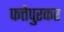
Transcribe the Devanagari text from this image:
फत्तेपुरकर